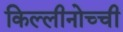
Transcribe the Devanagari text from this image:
किल्लीनोच्ची